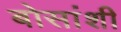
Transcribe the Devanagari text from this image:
बोसांशी